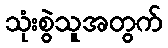
သုံးစွဲသူအတွက်